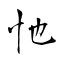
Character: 忚